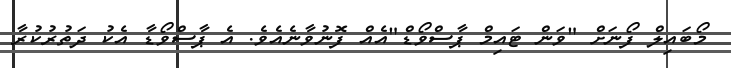
މޯބައިލް ފޯނަށް "ވަން ޓައިމް ޕާސްވޯޑް"އެއް ފޮނުވާނެއެވެ. އެ ޕާސްވޯޑާ އެކު ދަތުރުކުރާ